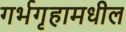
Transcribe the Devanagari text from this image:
गर्भगृहामधील